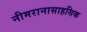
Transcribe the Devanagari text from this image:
नीमरानासाहसिक